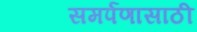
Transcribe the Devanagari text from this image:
समर्पणासाठी